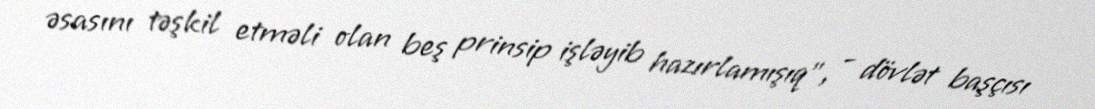
əsasını təşkil etməli olan beş prinsip işləyib hazırlamışıq”, - dövlət başçısı